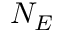
N _ { E }